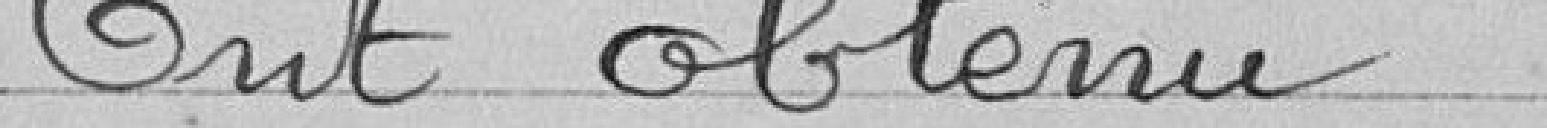
Ont obtenu :